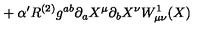
{ } + \alpha ^ { \prime } R ^ { ( 2 ) } g ^ { a b } \partial _ { a } X ^ { \mu } \partial _ { b } X ^ { \nu } W _ { \mu \nu } ^ { 1 } ( X )